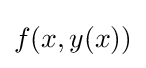
f(x,y(x))